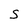
Character: S